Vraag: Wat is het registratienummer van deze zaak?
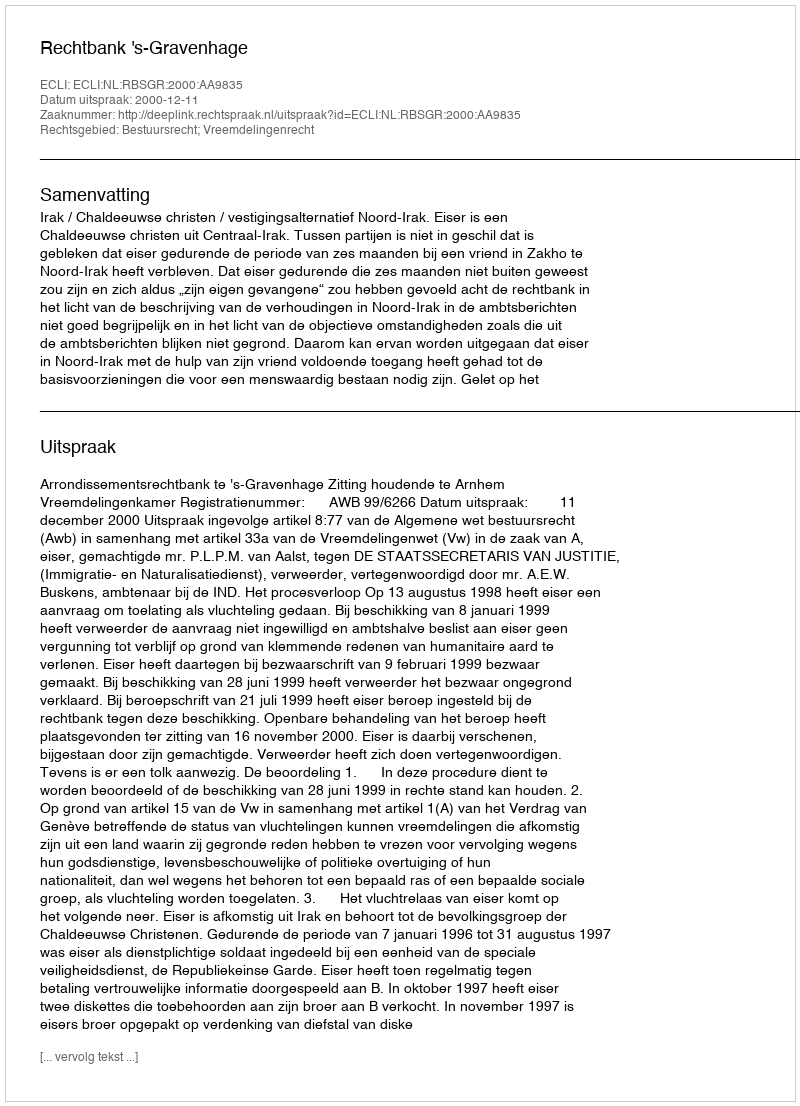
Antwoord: http://deeplink.rechtspraak.nl/uitspraak?id=ECLI:NL:RBSGR:2000:AA9835